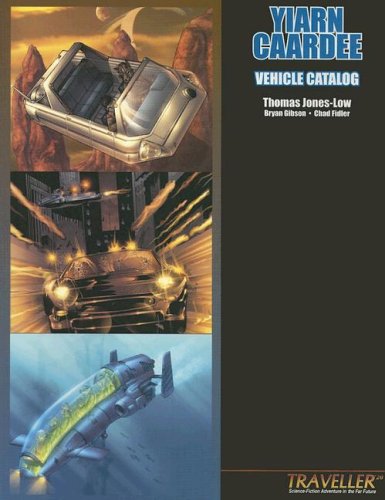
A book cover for Yiarn Caardee Vehicle Catalog (Traveller 20); Thomas Jones-Low; Science Fiction & Fantasy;